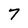
Character: 7